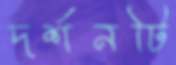
দর্শনটি